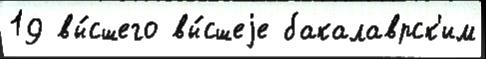
19 вы́сшего вы́сшеjе бакалаврск'им